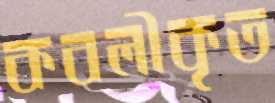
কবলীকৃত